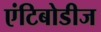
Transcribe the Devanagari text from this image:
एंटिबोडीज